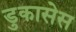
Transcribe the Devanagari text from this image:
डुकासेस